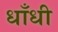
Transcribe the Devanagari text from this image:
धाँधी